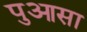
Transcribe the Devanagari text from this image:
पुआसा